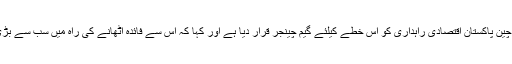
اس کورس کے شرکاء سے خطاب کرتے ہوئے صدر چیمبر انجینئر محمد سعید شیخ نے چین پاکستان اقتصادی راہداری کو اس خطے کیلئے گیم چینجر قرار دیا ہے اور کہا کہ اس سے فائدہ اٹھانے کی راہ میں سب سے بڑی رکاوٹ زبان کی تھی جسے دور کرنے کیلئے چینی زبان کا کورس شروع کیا گیا ہے۔